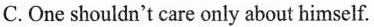
C. One shouldn't care only about himself.